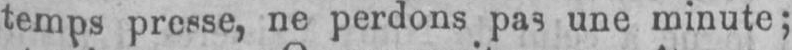
une minute;